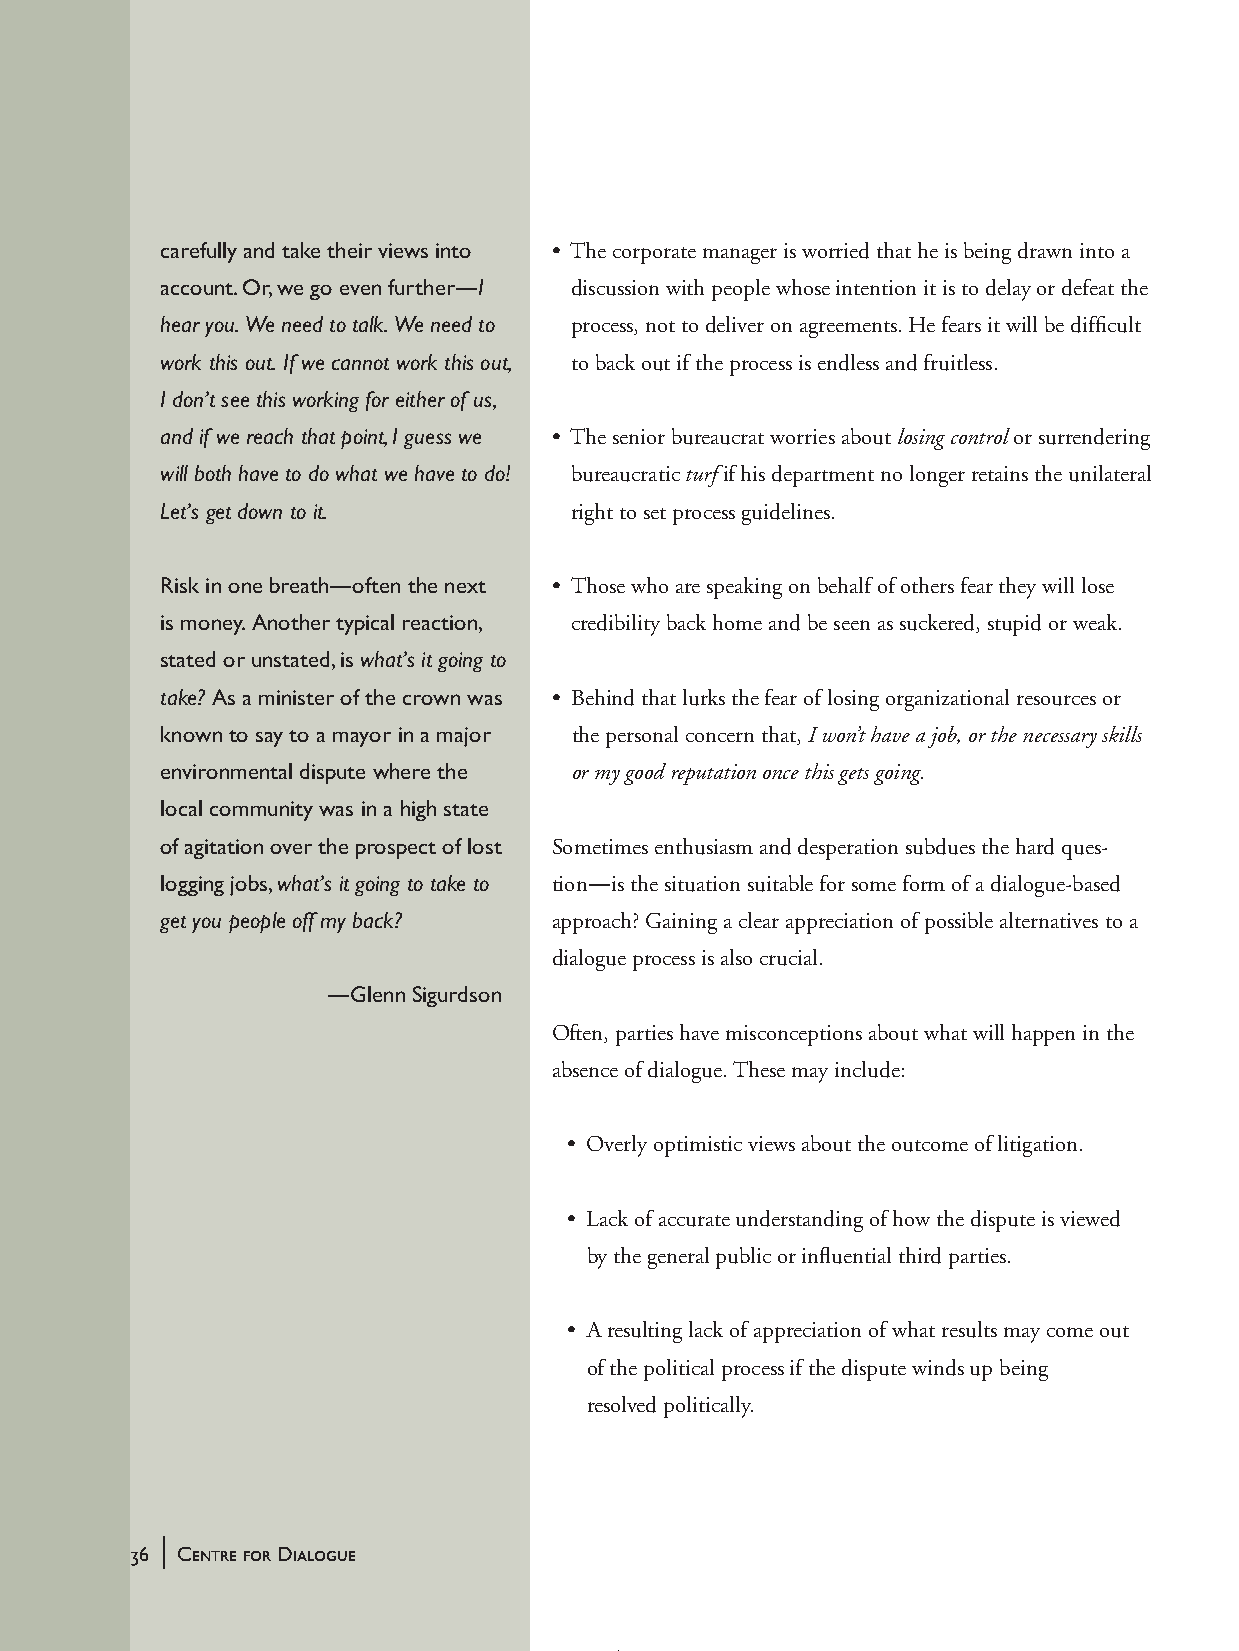
carefully and take their views into • The corporate manager is worried that he is being drawn into a
 account. Or, we go even further—I discussion with people whose intention it is to delay or defeat the
 hear you. We need to talk. We need to process, not to deliver on agreements. He fears it will be difficult
 work this out. If we cannot work this out, to back out if the process is endless and fruitless.
 I don’t see this working for either of us,
 and if we reach that point, I guess we • The senior bureaucrat worries about losing control or surrendering
 will both have to do what we have to do! bureaucratic turf if his department no longer retains the unilateral
 Let’s get down to it.      right to set process guidelines.
 Risk in one breath—often the next • Those who are speaking on behalf of others fear they will lose
 is money. Another typical reaction, credibility back home and be seen as suckered, stupid or weak.
 stated or unstated, is what’s it going to
 take? As a minister of the crown was • Behind that lurks the fear of losing organizational resources or
 known to say to a mayor in a major the personal concern that, I won’t have a job, or the necessary skills
 environmental dispute where the or my good reputation once this gets going.
 local community was in a high state
 of agitation over the prospect of lost Sometimes enthusiasm and desperation subdues the hard ques-
 logging jobs, what’s it going to take to tion—is the situation suitable for some form of a dialogue-based
 get you people off my back? approach? Gaining a clear appreciation of possible alternatives to a
 dialogue process is also crucial.
 —Glenn Sigurdson
 Often, parties have misconceptions about what will happen in the
 absence of dialogue. These may include:
 • Overly optimistic views about the outcome of litigation.
 • Lack of accurate understanding of how the dispute is viewed
 by the general public or influential third parties.
 • A resulting lack of appreciation of what results may come out
 of the political process if the dispute winds up being
 resolved politically.
 |
 36 Centre for Dialogue
 handbook_web         36                             5/30/04, 4:37 PM